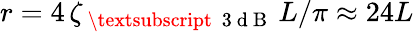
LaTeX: r=4\, \zeta_{\mathrm{~\textsubscript~{~3~d~B~}~}}L/\pi\approx 24L